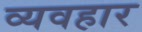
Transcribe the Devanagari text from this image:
व्यवहार